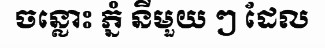
ចន្លោះ ភ្នំ នីមួយ ៗ ដែល